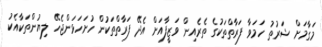
މަގާމަށް ޝަރުތު ހަަމަވާ ފަރާތްތަކުގެ ތެރެއިން ވަޒީފާއަށް އެދޭ ފަރާތްތަކުން ހުށަހަޅަންޖެހޭ ލިޔުންތަކާއެކު